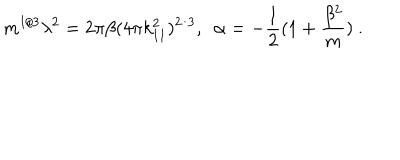
m ^ { 1 / 3 } \lambda ^ { 2 } = 2 \pi \beta ( 4 \pi k _ { 1 1 } ^ { 2 } ) ^ { 2 / 3 } , \ \ \alpha = - { \frac { 1 } { 2 } } ( 1 + { \frac { \beta ^ { 2 } } { m } } ) \ .